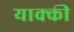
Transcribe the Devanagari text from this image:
याक्की